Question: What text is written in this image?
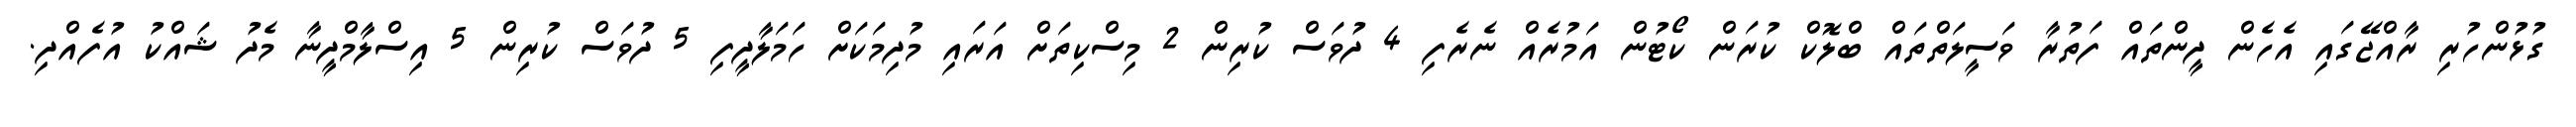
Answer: ގުޅުންހުރި ރާއްޖޭގައި އެހެން ދީންތައް ފަތުރާ ވަސީލަތްތައް ބްލޮކް ކުރަން ކޯޓުން އަމުރެއް ނެރެފި 4 ދުވަސް ކުރިން 2 މިސްކިތަށް އަރައި މުދިމަކަށް ހަމަލާދީފި 5 ދުވަސް ކުރިން 5 އިސްލާމްދީނާ މެދު ޝައްކު އުފެއްދި.